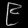
Digit: ၉